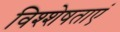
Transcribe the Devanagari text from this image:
विश्शेषताएं